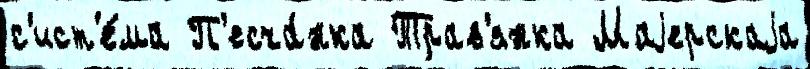
с'ист'е́ма П'есча́нка Трав'янка Маjерскаjа